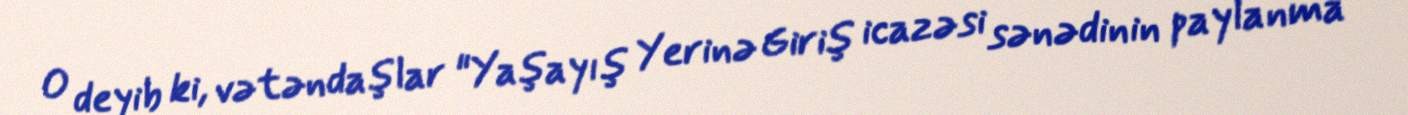
O deyib ki, vətəndaşlar "Yaşayış Yerinə Giriş icazəsi sənədinin paylanma